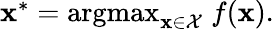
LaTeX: \begin{array}{r}{\mathbf{x}^{*}=\mathop{\mathrm{argmax}}_{\mathbf{x}\in\mathcal{X}}\; f(\mathbf{x}).}\end{array}